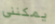
يمكنني